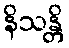
နိသန္တိ